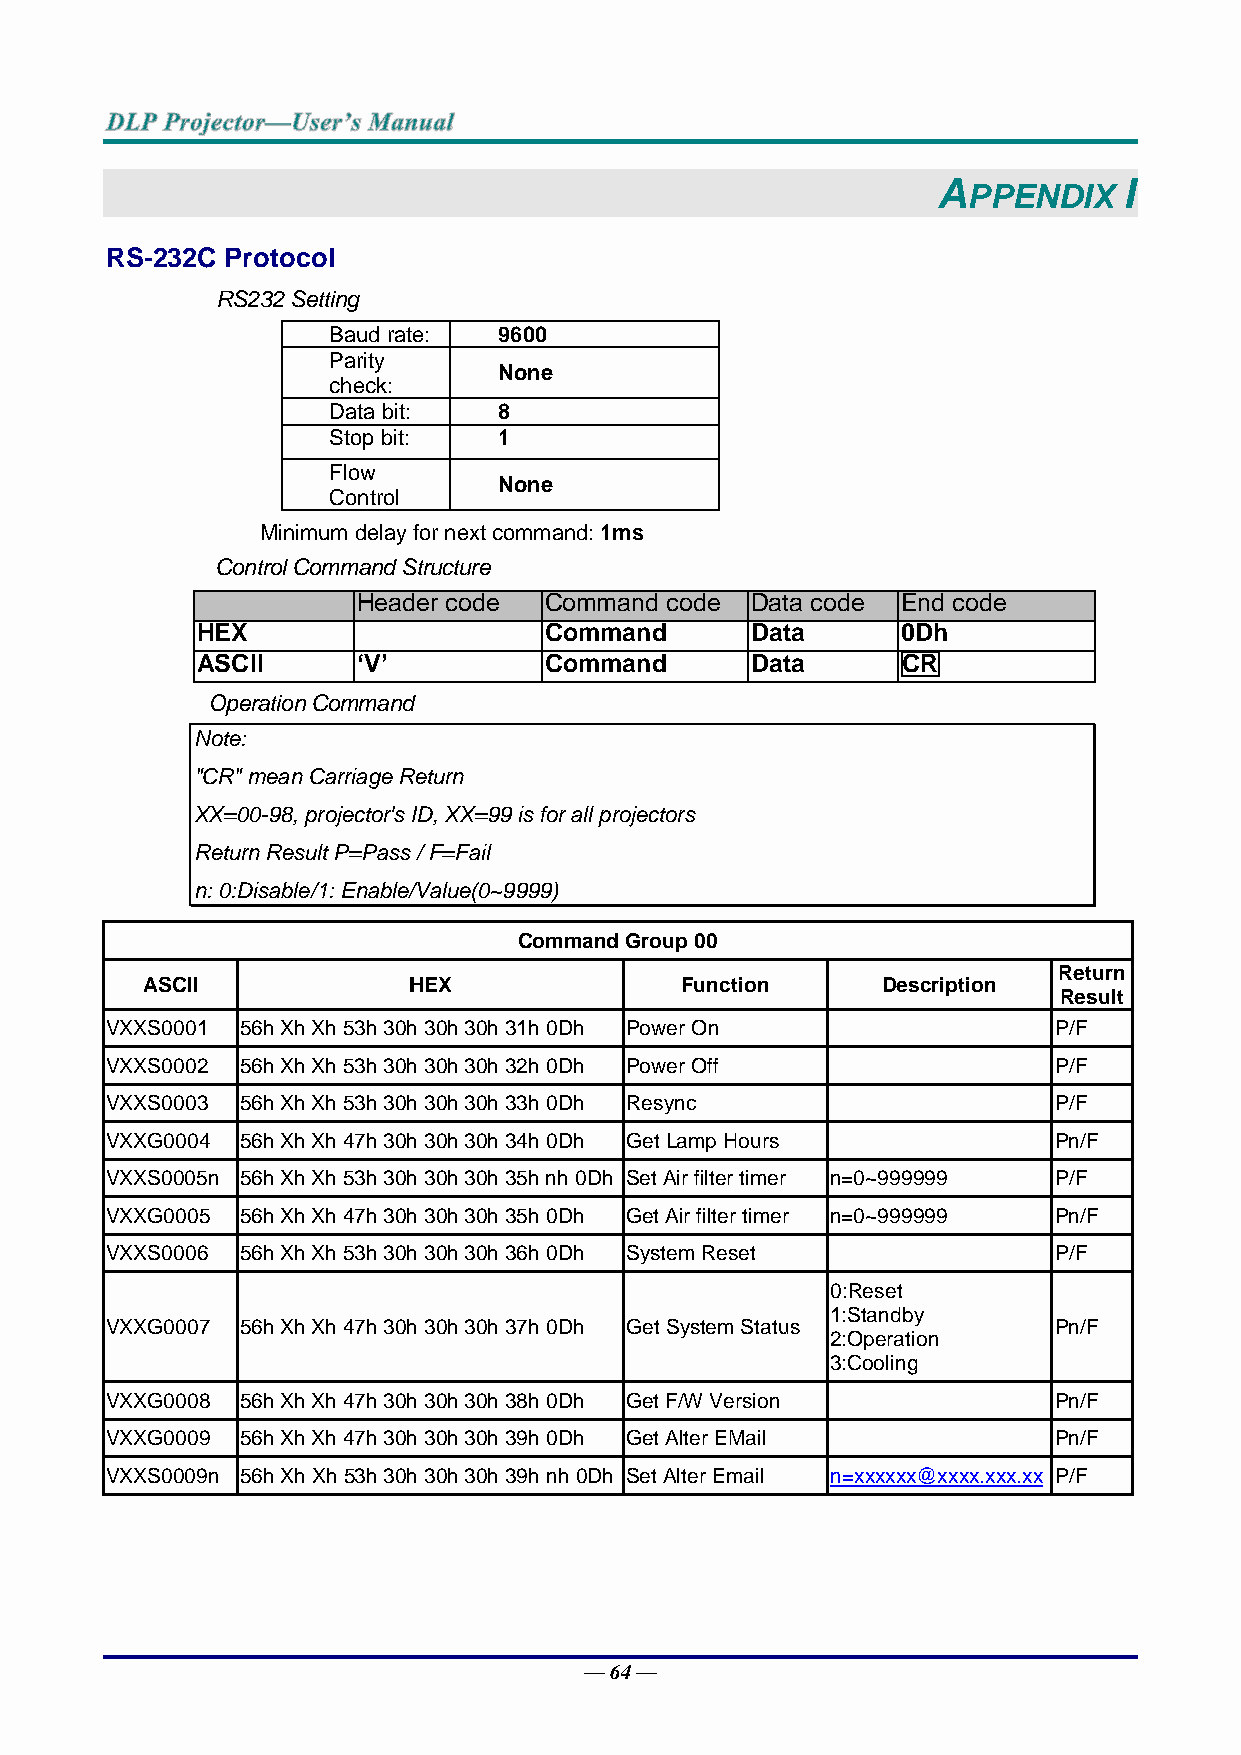
A           I
 PPENDIX
 RS-232C Protocol
 RS232 Setting
 Baud rate: 9600
 Parity
 None
 check:
 Data bit:  8
 Stop bit:  1
 Flow
 None
 Control
 Minimum delay for next command: 1ms
 Control Command Structure
 Header code Command code  Data code End code
 HEX                    Command       Data      0Dh
 ASCII      ‘V’         Command       Data      CR
 Operation Command
 Note:
 "CR" mean Carriage Return
 XX=00-98, projector's ID, XX=99 is for all projectors
 Return Result P=Pass / F=Fail
 n: 0:Disable/1: Enable/Value(0~9999)
 Command Group 00
 Return
 ASCII             HEX               Function     Description
 Result
 VXXS0001 56h Xh Xh 53h 30h 30h 30h 31h 0Dh Power On            P/F
 VXXS0002 56h Xh Xh 53h 30h 30h 30h 32h 0Dh Power Off           P/F
 VXXS0003 56h Xh Xh 53h 30h 30h 30h 33h 0Dh Resync              P/F
 VXXG0004 56h Xh Xh 47h 30h 30h 30h 34h 0Dh Get Lamp Hours      Pn/F
 VXXS0005n 56h Xh Xh 53h 30h 30h 30h 35h nh 0Dh Set Air filter timer n=0~999999 P/F
 VXXG0005 56h Xh Xh 47h 30h 30h 30h 35h 0Dh Get Air filter timer n=0~999999 Pn/F
 VXXS0006 56h Xh Xh 53h 30h 30h 30h 36h 0Dh System Reset        P/F
 0:Reset
 1:Standby
 VXXG0007 56h Xh Xh 47h 30h 30h 30h 37h 0Dh Get System Status   Pn/F
 2:Operation
 3:Cooling
 VXXG0008 56h Xh Xh 47h 30h 30h 30h 38h 0Dh Get F/W Version     Pn/F
 VXXG0009 56h Xh Xh 47h 30h 30h 30h 39h 0Dh Get Alter EMail     Pn/F
 VXXS0009n 56h Xh Xh 53h 30h 30h 30h 39h nh 0Dh S et Alter Email n=xxxxxx@xxxx.xxx.xx P/F
 — 64 —